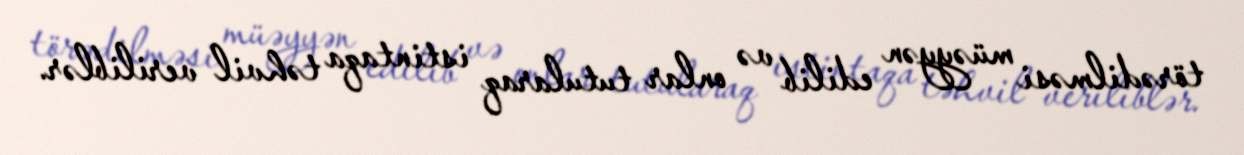
törədilməsi müəyyən edilib və onlar tutularaq istintaqa təhvil veriliblər.